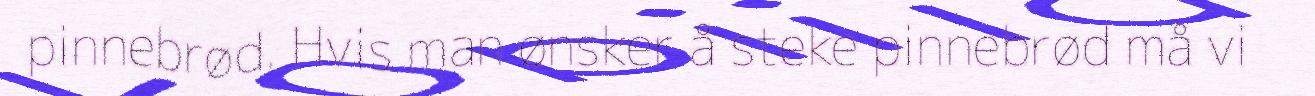
pinnebrød. Hvis man ønsker å steke pinnebrød må vi